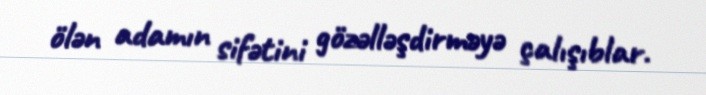
ölən adamın sifətini gözəlləşdirməyə çalışıblar.